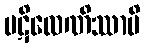
ပဋိလေဏိဿာမိ